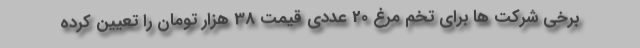
برخی شرکت ها برای تخم مرغ 20 عددی قیمت 38 هزار تومان را تعیین کرده